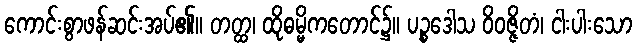
ကောင်းစွာဖန်ဆင်းအပ်၏။ တတ္ထ၊ ထိုဓမ္မိကတောင်၌။ ပဉ္စဒေါသ ဝိဝဇ္ဇိတံ၊ ငါးပါးသော